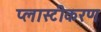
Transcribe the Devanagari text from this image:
प्लास्टीकरण